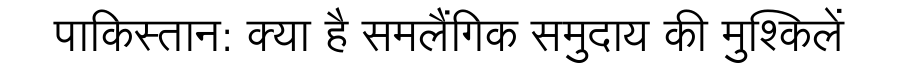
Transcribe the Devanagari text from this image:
पाकिस्तान: क्या है समलैंगिक समुदाय की मुश्किलें